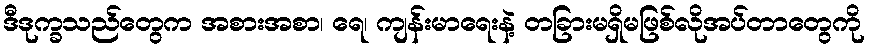
ဒီဒုက္ခသည်တွေက အစားအစာ၊ ရေ၊ ကျန်းမာရေးနဲ့ တခြားမရှိမဖြစ်လိုအပ်တာတွေကို